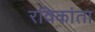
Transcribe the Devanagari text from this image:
रविकांता